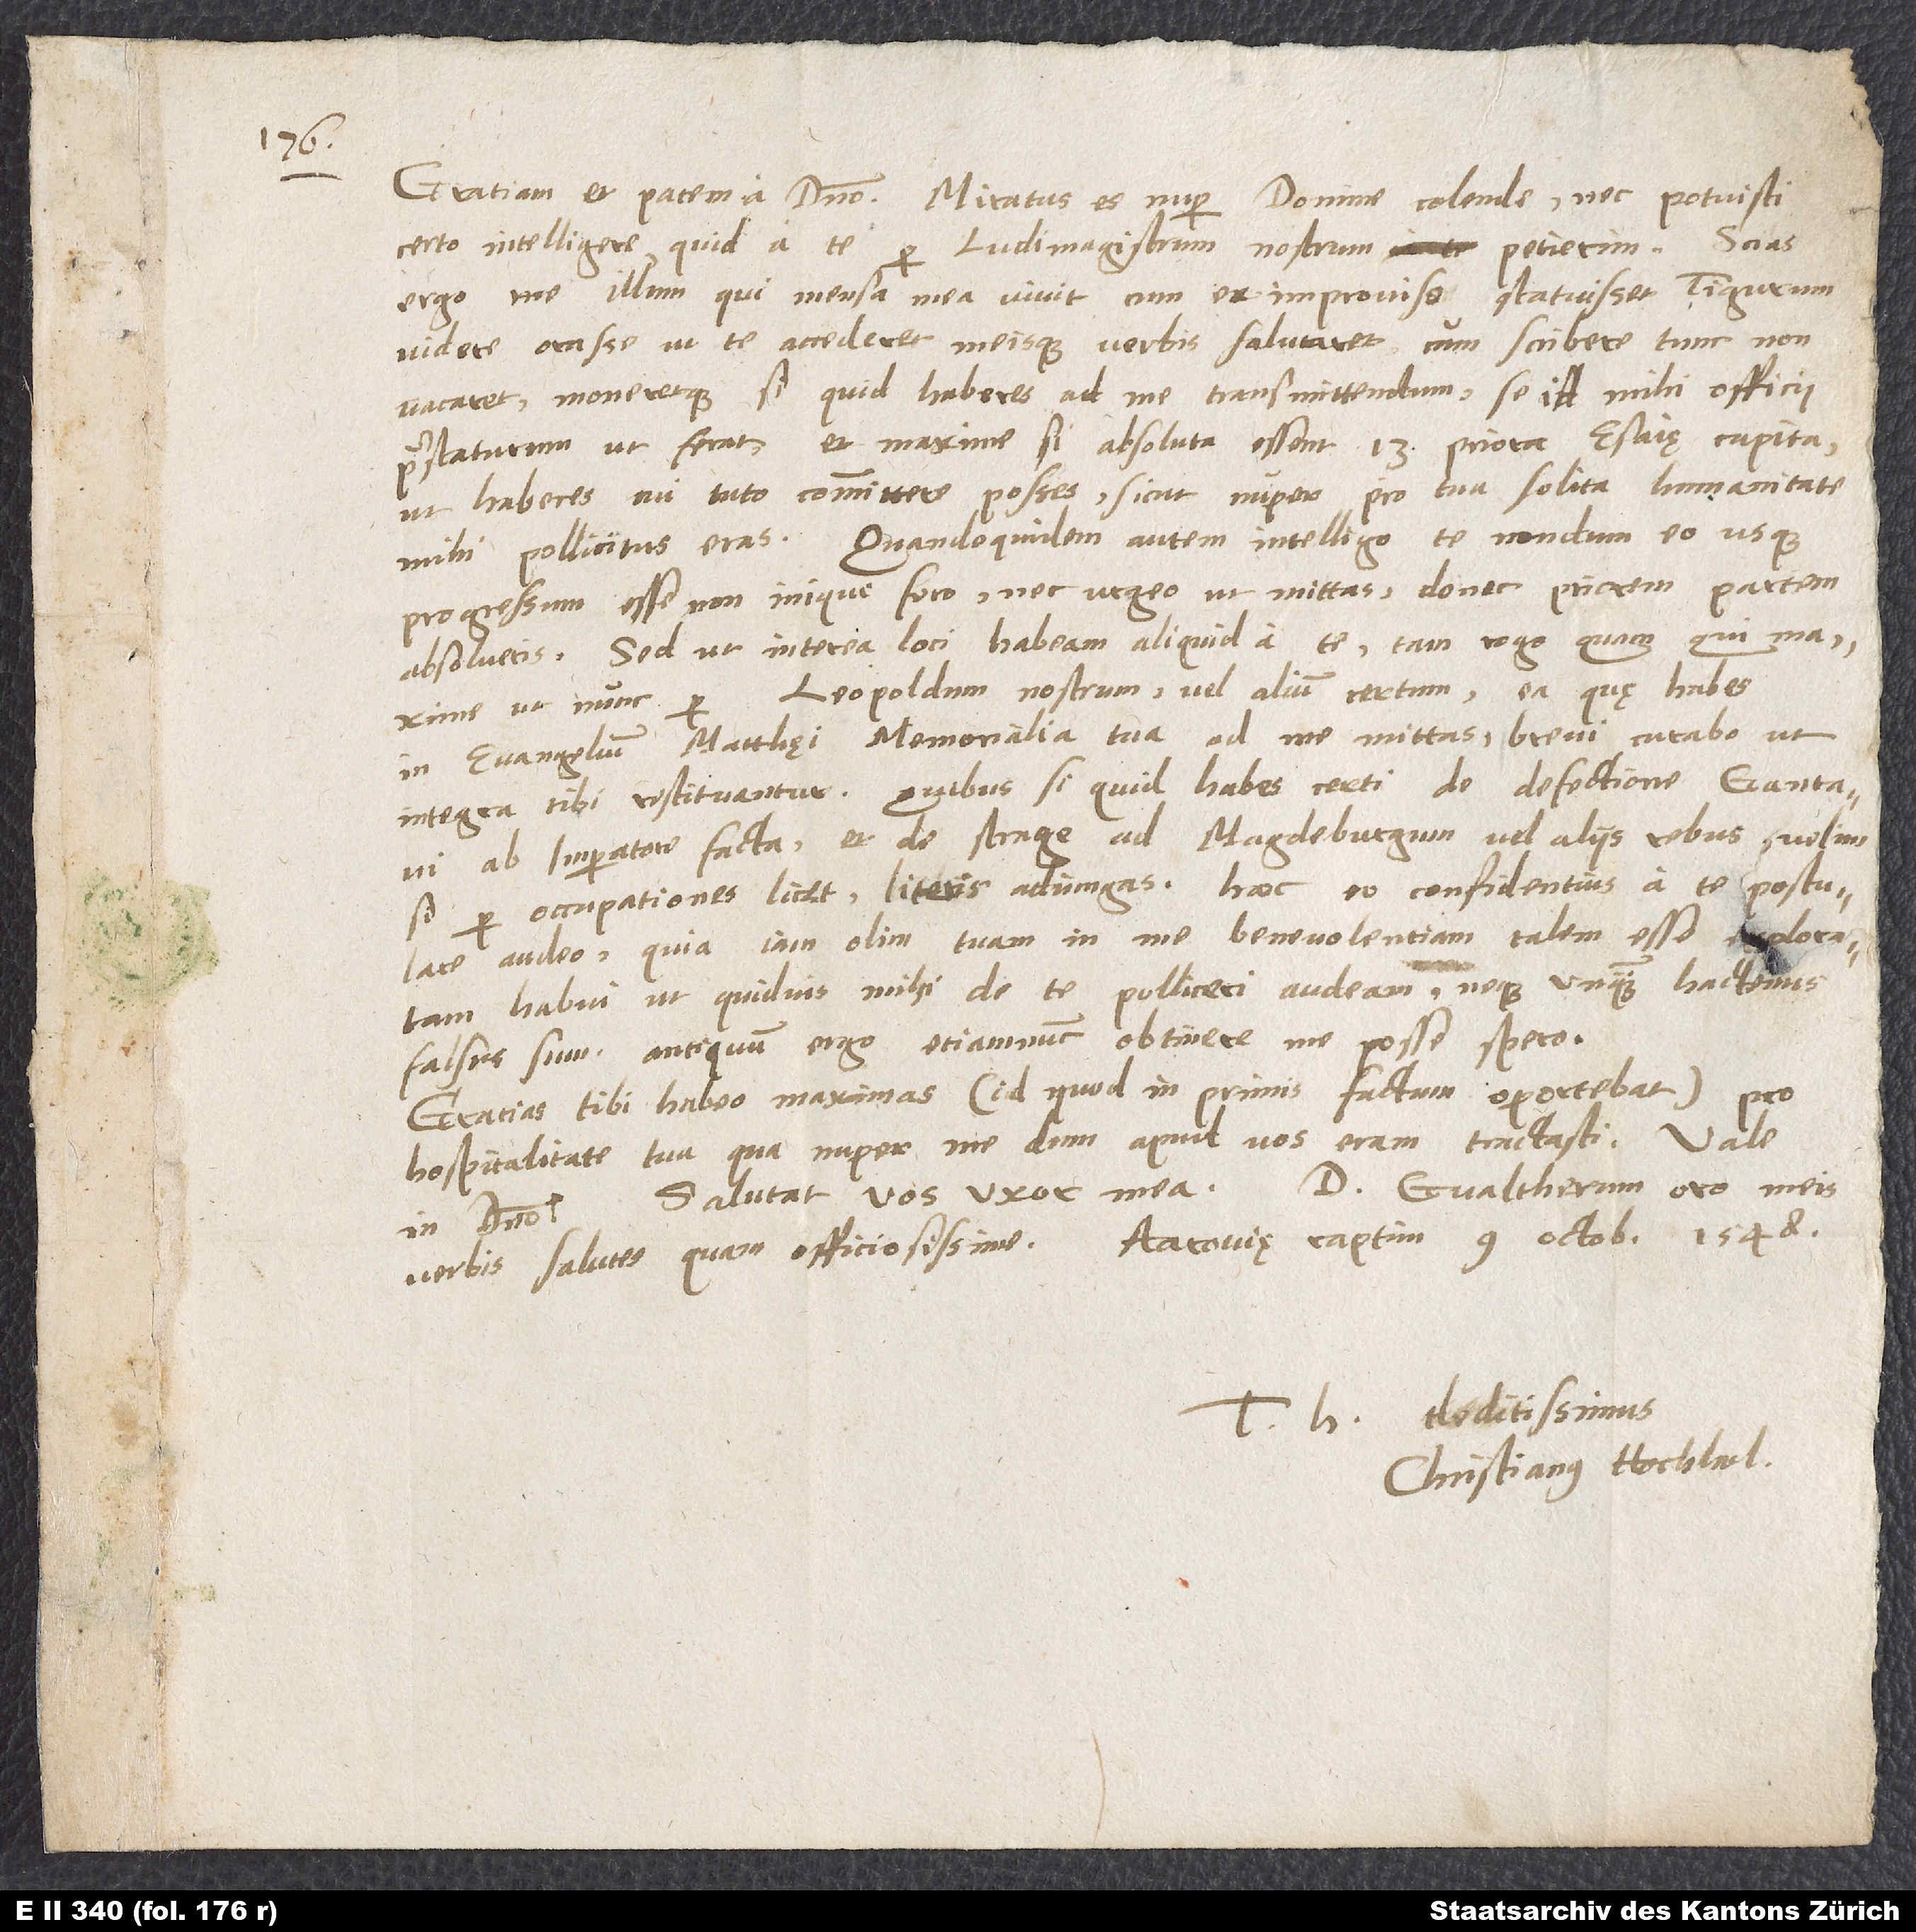
Gratiam et pacem in domino. Miratus es nuper, domine colende, nec potuisti
certo intelligere, quid a te per ludimagistrum nostrum petierim.
ergo me illum, qui mensa mea vivit, cum ex improviso statuisset Tigurum
videre, orasse, ut te accederet meisque verbis salutaret, cum scribere tunc non
vacaret, moneretque, si quid haberes ad me transmittendum, se id mihi officii
praestaturum ut ferat, et maxime si absoluta essent 13 priora Esaię capita,
ut haberes, cui tuto committere posset, sicut nuper pro tua solita humanitate
mihi pollicitus eras. Quandoquidem autem intelligo te nondum eo usque
progressum esse, non inique fero nec urgeo, ut mittas, donec priorem partem
absolveris. Sed ut interea loci habeam aliquid a te, tam rogo quam qui maxime,
ut nunc per Leopoldum nostrum vel alium certum ea, quę habes
in evangelium Matthęi memorialia tua, ad me mittas; brevi curabo, ut
ab imperatore facta et de strage ad Magdeburgum vel aliis rebus, velim,
si per occupationes licet, literis adiungas. hoc eo confidentius a te postulare
audeo, quia iam olim tuam in me benevolentiam talem esse declaratam
habui, ut quidvis mihi de te polliceri audeam, neque unquam hactenus
falsus sum; antiquum ergo etiamnum obtinere me posse spero.
Gratias tibi habeo maximas (id quod inprimis factum oportebat) pro
hospitalitate tua, qua nuper me, dum apud vos eram, tractasti.
in domino. Salutat vos uxor mea. D. Gvaltherum, oro, meis
deditissimus
Christianus Hochhol.